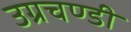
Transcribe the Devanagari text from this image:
उग्रचण्डी